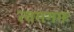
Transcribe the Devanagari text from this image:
त्वमगमः